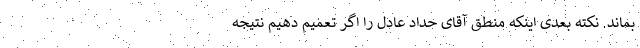
بماند. نکته بعدی اینکه منطق آقای حداد عادل را اگر تعمیم دهیم نتیجه